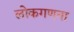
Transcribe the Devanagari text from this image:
लोकगणना